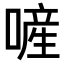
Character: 𠻿